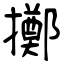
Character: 擲